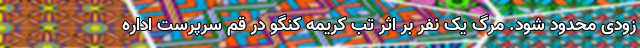
زودی محدود شود. مرگ یک نفر بر اثر تب کریمه کنگو در قم سرپرست اداره